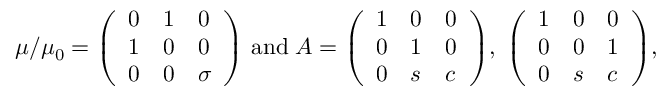
\mu / \mu _ { 0 } = \left( \begin{array} { l l l } { { 0 } } & { { 1 } } & { { 0 } } \\ { { 1 } } & { { 0 } } & { { 0 } } \\ { { 0 } } & { { 0 } } & { { \sigma } } \end{array} \right) \, \mathrm { a n d } \; A = \left( \begin{array} { l l l } { { 1 } } & { { 0 } } & { { 0 } } \\ { { 0 } } & { { 1 } } & { { 0 } } \\ { { 0 } } & { { s } } & { { c } } \end{array} \right) \! , \; \left( \begin{array} { l l l } { { 1 } } & { { 0 } } & { { 0 } } \\ { { 0 } } & { { 0 } } & { { 1 } } \\ { { 0 } } & { { s } } & { { c } } \end{array} \right) \! ,